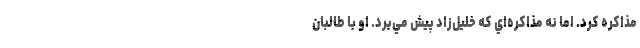
مذاكره كرد. اما نه مذاكره‌اي كه خليل‌‌زاد پيش مي‌برد. او با طالبان